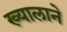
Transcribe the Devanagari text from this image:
ख्यालाने